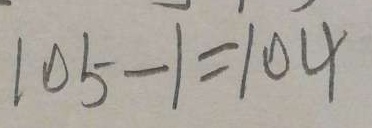
1 0 5 - 1 = 1 0 4